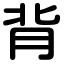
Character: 背